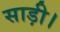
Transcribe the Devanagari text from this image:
साड़ी।